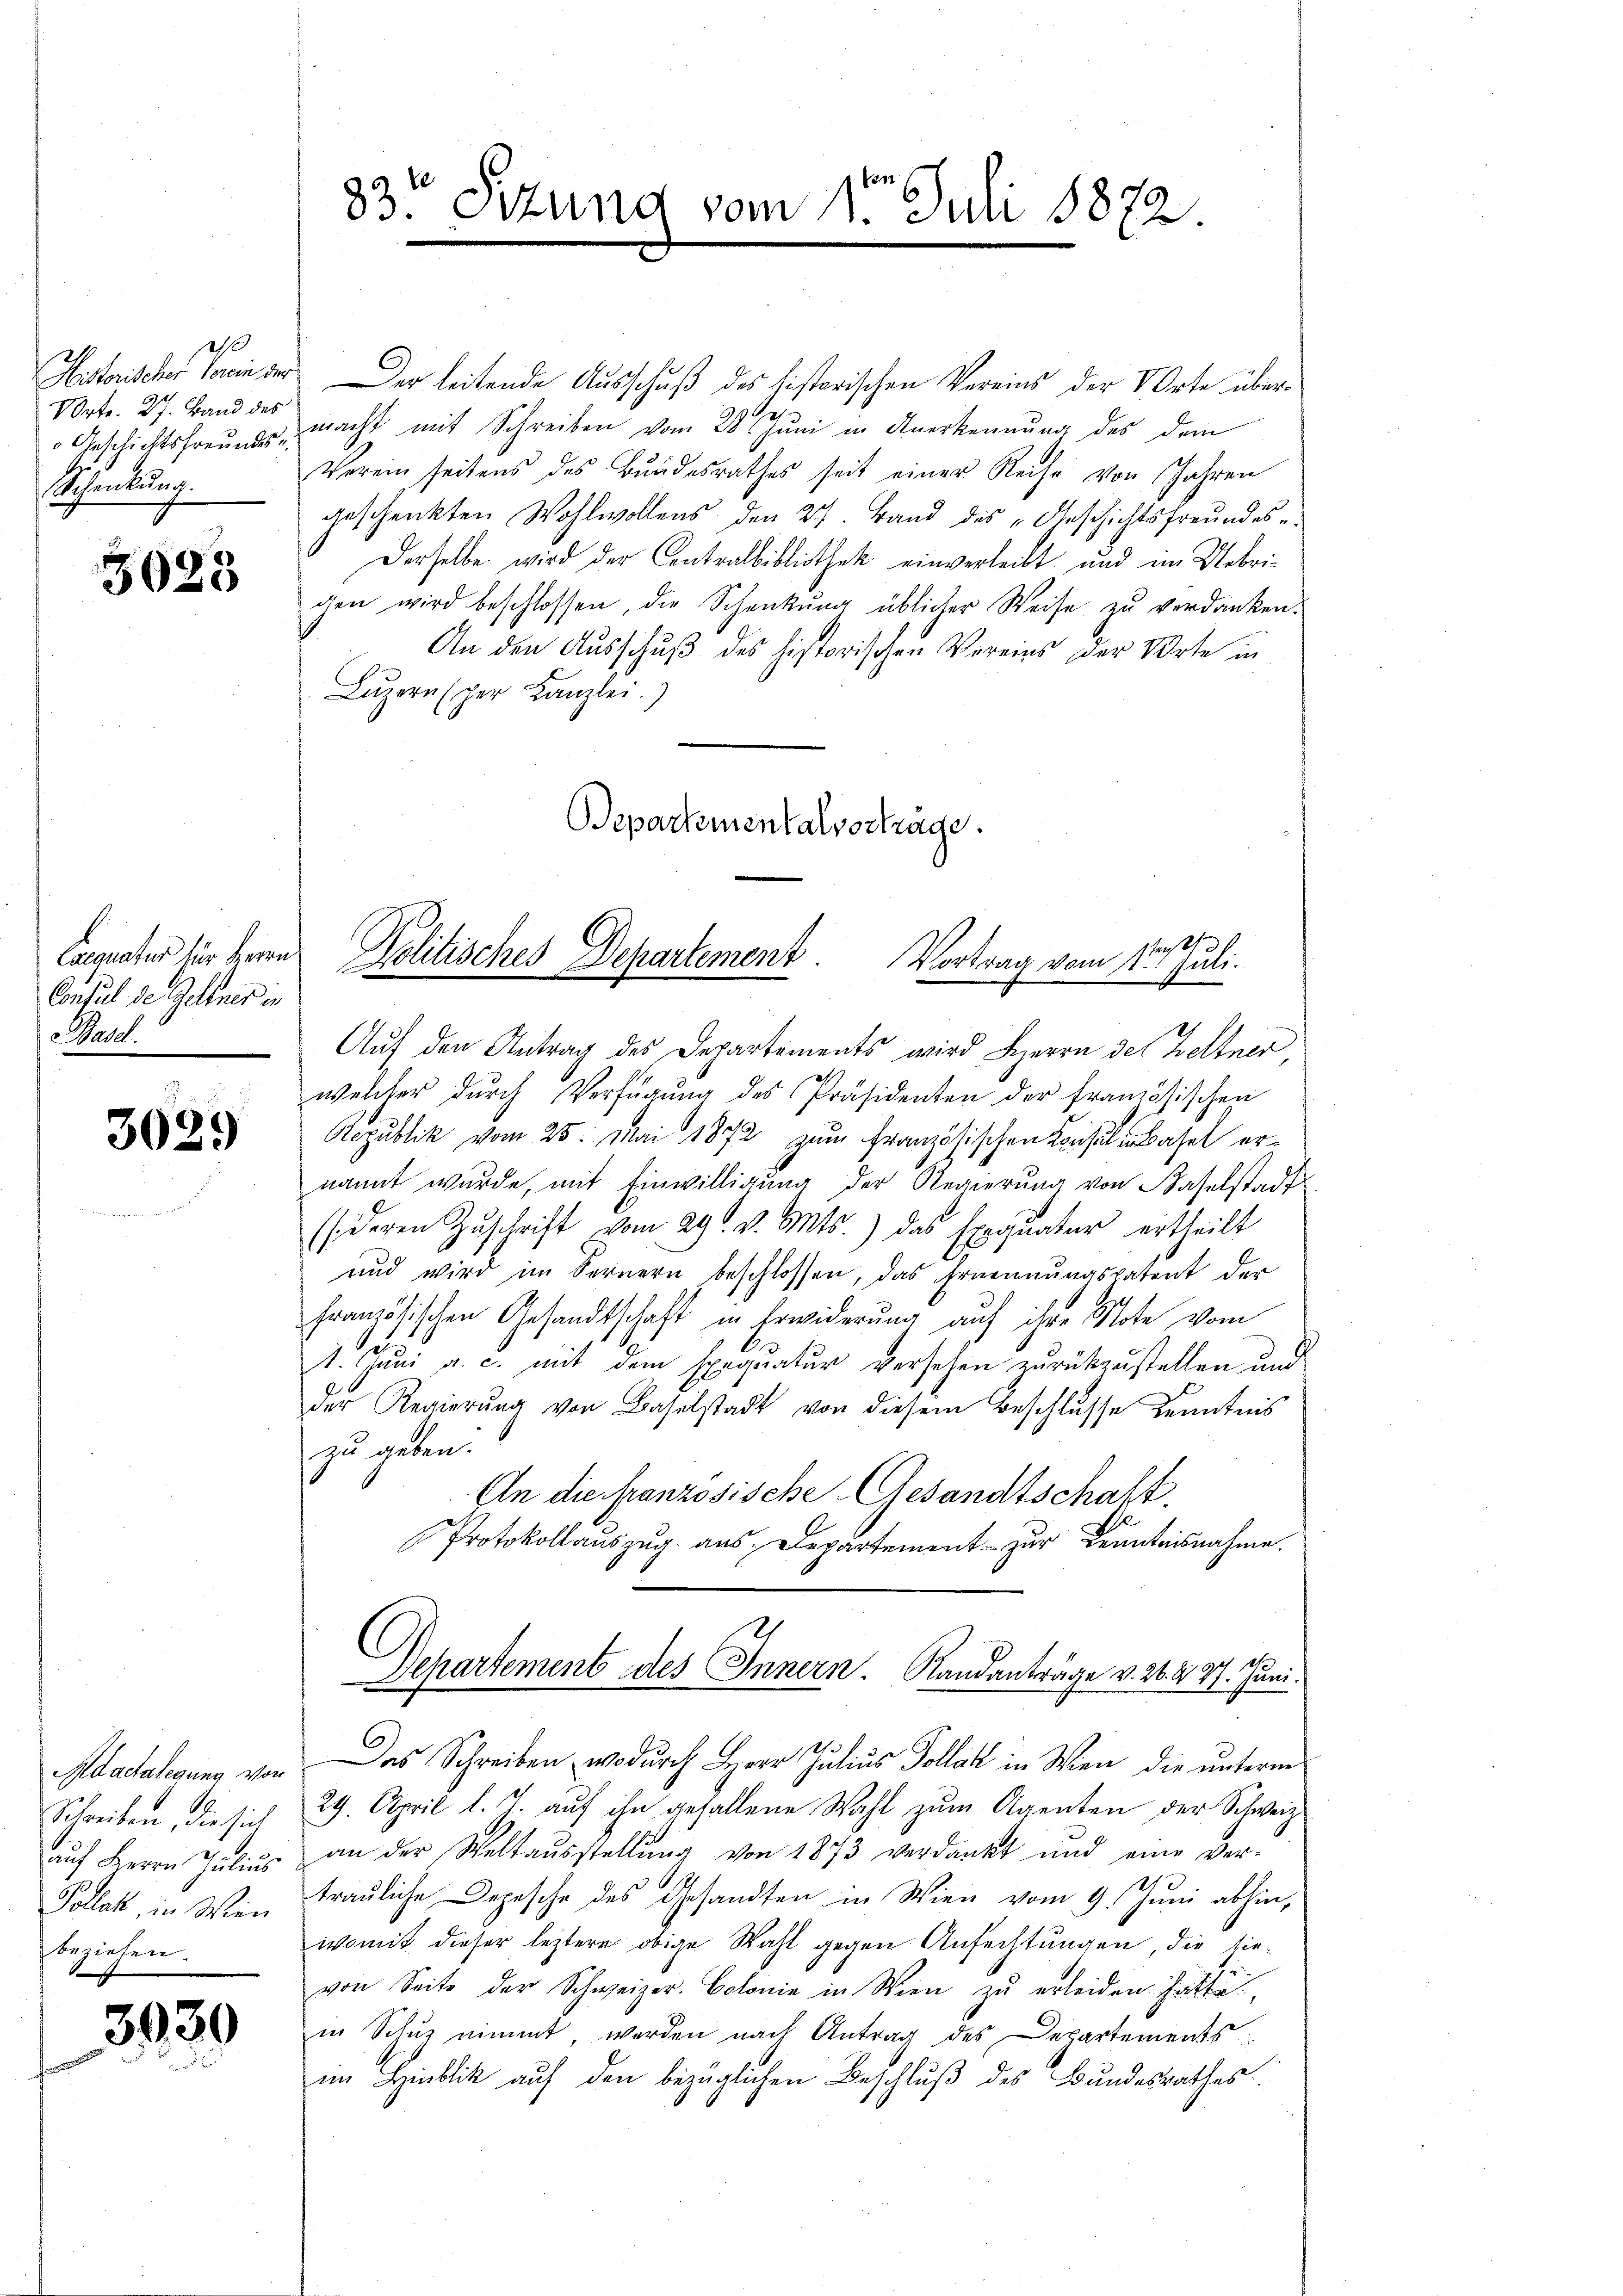
0
VOrte. 27. Band des
Schankung.

3023

Caequatur für heren
Consul de Gellner in
Basd.

3029

Adaetalegung von
Schreiben, die sich
auf Herrn Julius
Pollat, in Wien
beziehen.

3930

Historischer sowie der Der leitende Ausschuß des historischen Vereins der VOrte über¬
Geschichtsfreŭne macht mit Schreiben vom 28. Jŭni in Anerkennung des dem
Verein seitens des Bŭndesrathes seit einer Reihe von Jahren
geschenkten Wohlwollens den 27. Band des „Geschichtsfreundes
Derselbe wird der Contralbibliothek einverleibt und im Uebrigen wird beschlossen, die Schenkung üblicher Weise zu verdanken.
An den Ausschuß des historischen Vereins der Vorte in
Lŭzern (per Kanzlei.)
Departementalvorträge.

83te Sitzung vom 11ten Juli 1872.

sen.
Politisches Departement. Vortrag vom 11. Juli.

Auf den Antrag des Departements wird Herrn des Beltner
welcher durch Verfügung des Präsidenten der französischen
Republik vom 25. Mai 1872 zum Französischen Konsul in Basel ernannt wurde, mit Einwilligung der Regierung von Baselstadt
(deren Zuschrift vom 29. v. Mts.) das Exequater ertheilt
und wird im Fernern beschlossen, das Ernennungspatent der
französischen Gesandtschaft in Erwiderung auf ihre Note vom
1. Juni a. c. mit dem Exequatur versehen zurückzustellen und
der Regierŭng von Baselstadt von diesem Beschlusse Kenntnis
zu geben.
An die französische Gesandtschaft.
Protokollauszug aus Departement zur Kenntnisnahme.
ich de
Separtement des Innern. Sandanträge v. 24. 27. Juni.
Das Schreiben, wodurch Herr Julius Pollat in Wien, die unterm
29. April l. J. auf ihn gefallene Wahl zum Agenten der Schweiz
an der Weltaŭsstellŭng von 1873 verdankt und eine ver-
trauliche Depesche des Gesandten in Wien vom 9. Juni abhin,
womit dieser leztere obige Wahl gegen Anfechtungen, die sie-
von Seite der Schweizer. Colonie in Wien zu erleiden hatte
in Schuz nimmt, werden nach Antrag des Departements
im Hinblick auf den bezüglichen Beschluß des Bundesrathes